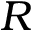
R